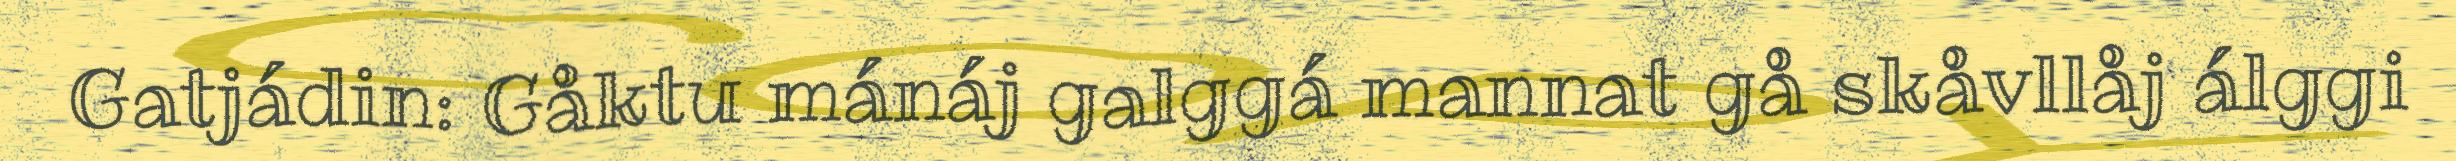
Gatjádin: Gåktu mánáj galggá mannat gå skåvllåj álggi